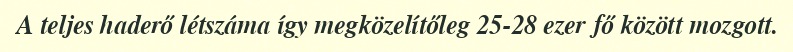
A teljes haderő létszáma így megközelítőleg 25-28 ezer fő között mozgott.